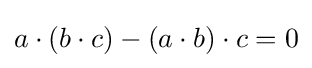
a\cdot (b\cdot c)-(a\cdot b)\cdot c=0